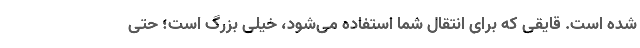
شده است. قایقی که برای انتقال شما استفاده می‌شود، خیلی بزرگ است؛ حتی